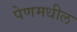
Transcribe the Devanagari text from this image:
पेणमधील